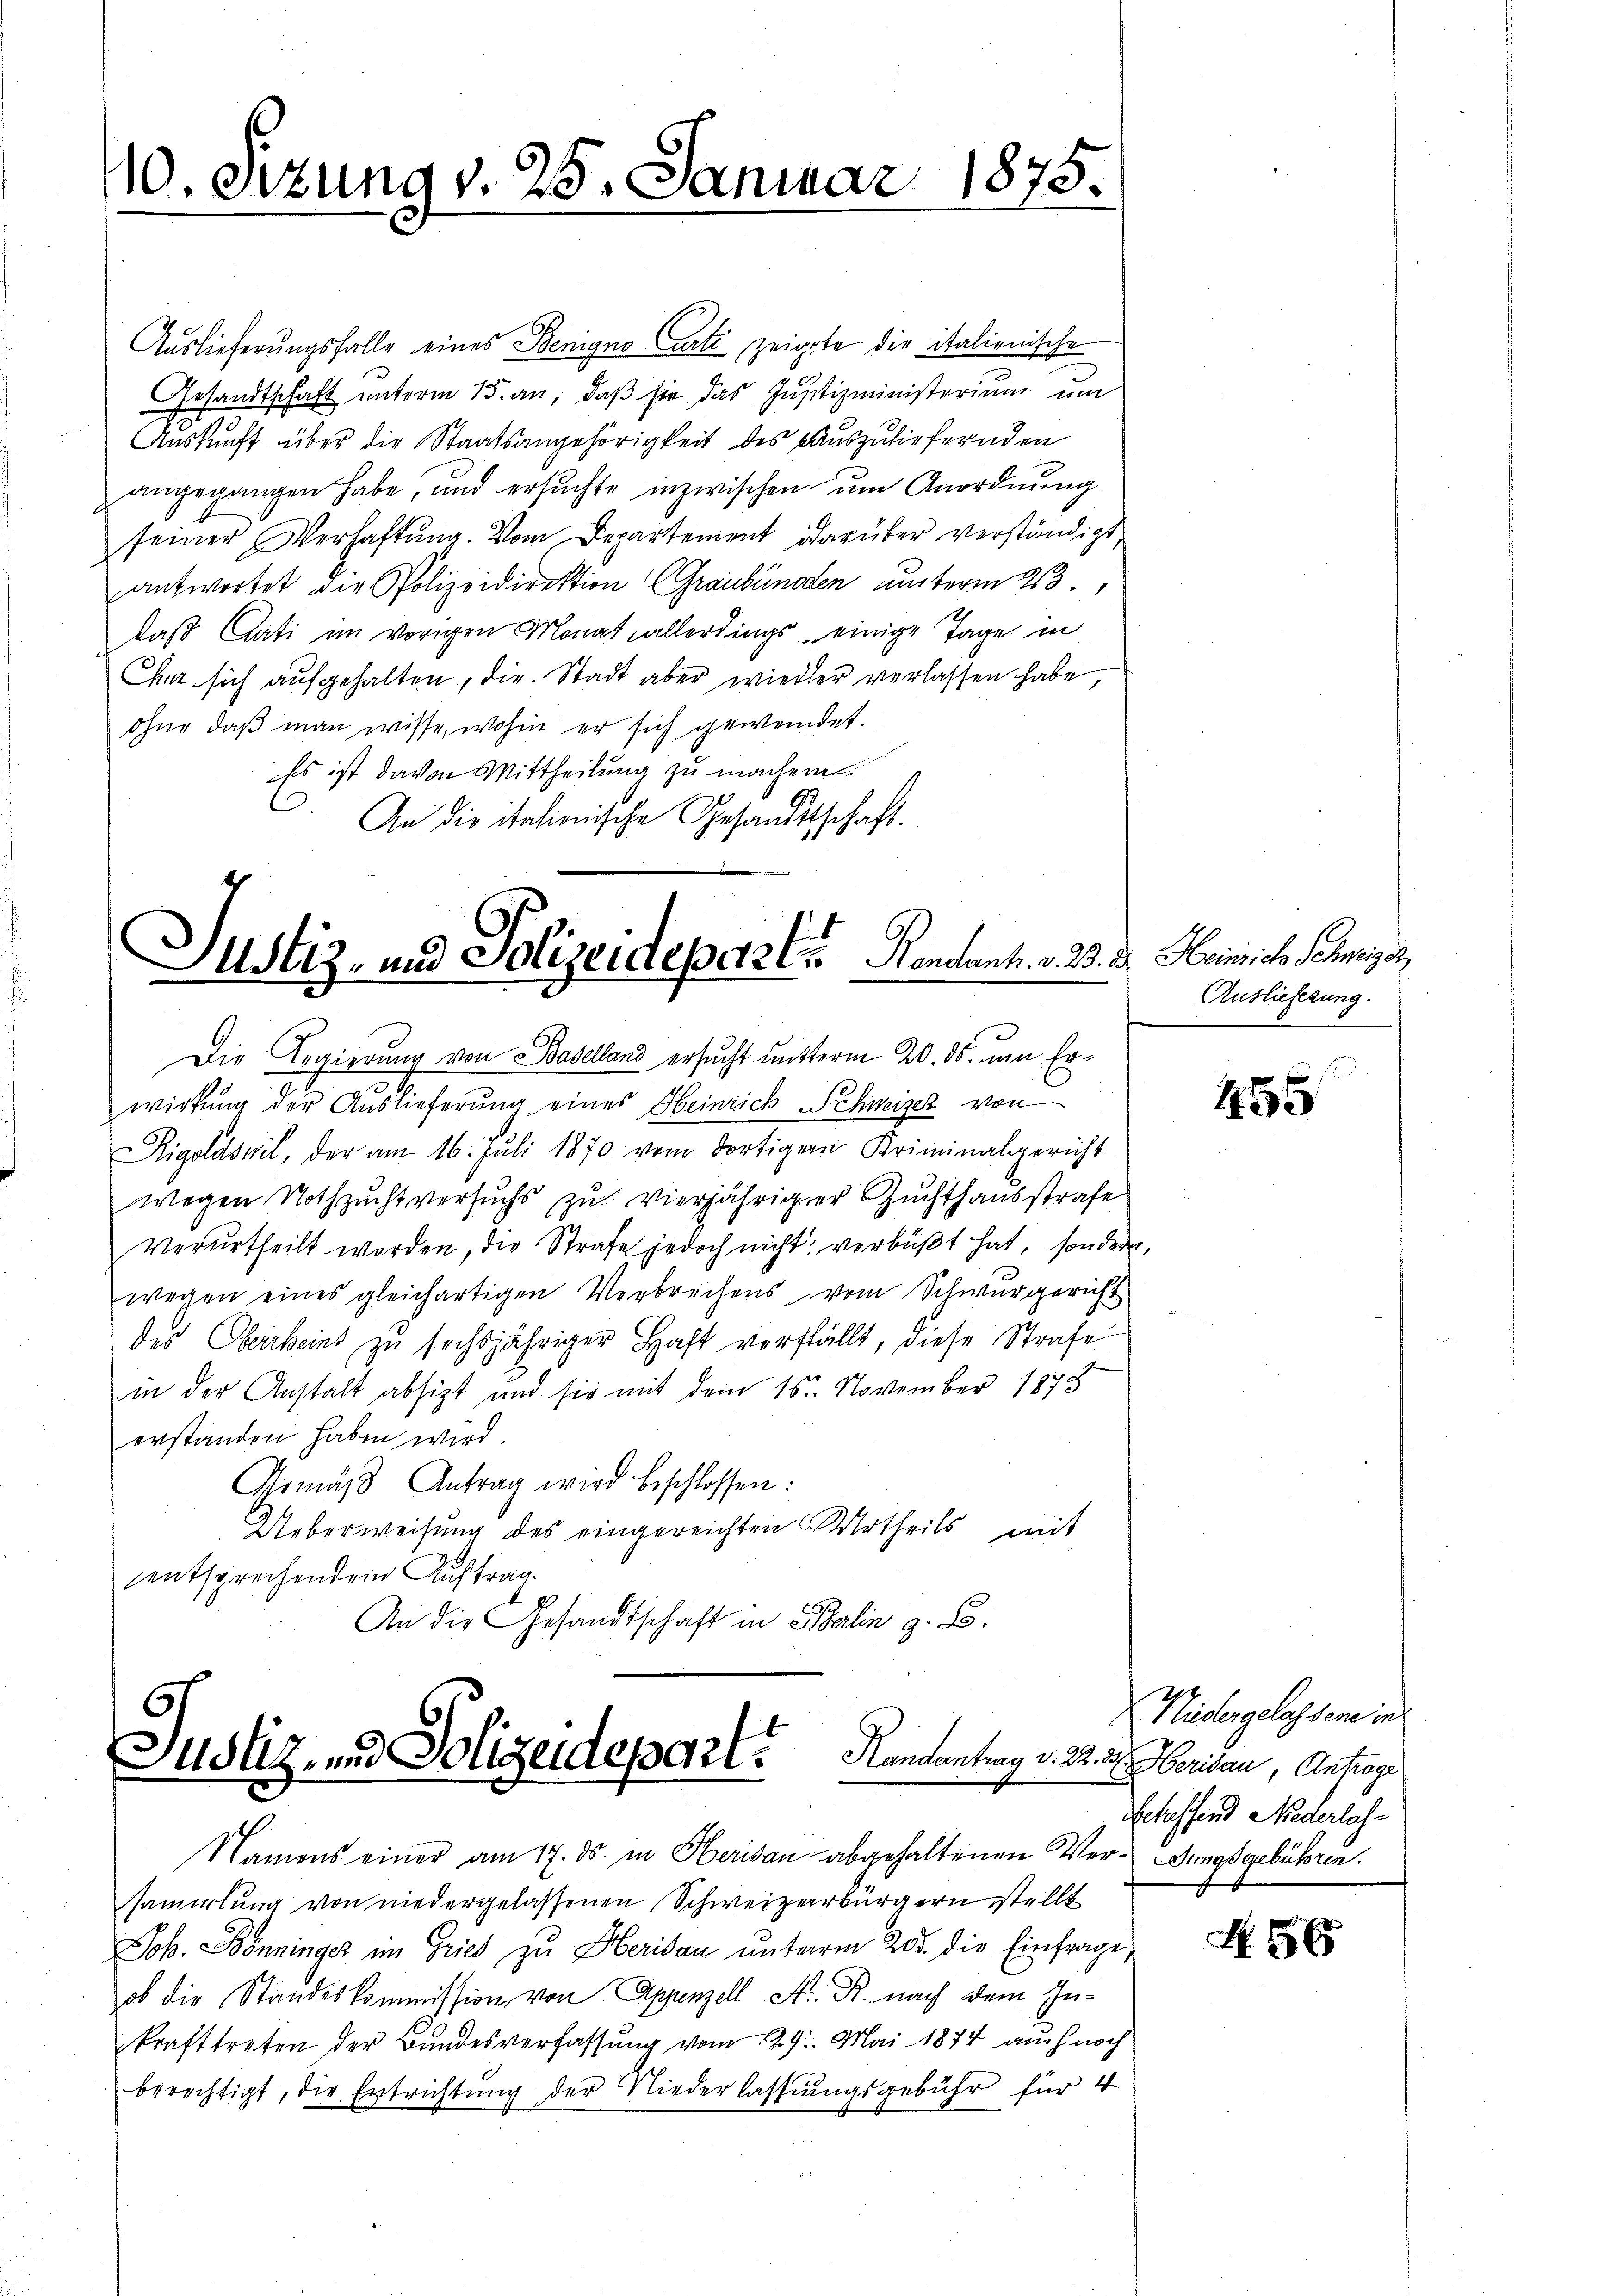
Auslieferungsfalle eines Benigno Curti zeigte die italienische
Gesandtschaft unterm 15. an, daß sie das Justizministerium um
Auskunft über die Staatsangehörigkeit des auszuliefernden
angegangen habe, und ersuchte inzwischen um Anordnung
seiner Verhaftung. Vom Departement darüber verständigt,
antwortet die Polizeidirektion (Graubünden unterm 23.
daß Cati im vorigen Monat allerdings einige Tage in
Chat sich aufgehalten, die Stadt aber wieder verlassen habe,
ohne daß man wisse, wohin er sich gewendet.
Es ist davon Mittheilung zu machen.
. An die italienische Gesandtschaft.

Justiz- und Polizeideparte Pendant. v. 23. d. Heinrich. Seinige
Die Regierung von Baselland ersucht nutterm 20. ds. um Er¬

10. Sizung v. 25. Januar 1875.

wirkung der Auslieferung eines Heinrich Schweizer von
Rigoldswil, der am 16. Juli 1870 vom dortigern Kriminalgericht
wegen Nothzuchtversuchs zu vierjähriger Zuchthausstrafe
verurtheilt worden, die Strafe jedoch nicht verbüßt hat, sondern,
wegen eines gleichartigen Verbrechens vom Schwurgericht
des Oberrheins zu sechsjähriger Haft verfällt, diese Strafe
in der Anstalt absizt und sie mit dem 16. November 1873
erstanden haben wird.
Gemäß Antrag wird beschlossen:
Ueberweisung des eingereichten Urtheils mit
entsprechendem Auftrag.
An die Gesandtschaft in Balin z. B.

Justiz- und Polizeidepart. Handantrag v. 22. d. Meridau, Antrage
Namens einer am 17. ds. in Herisau abgehaltenen Ver- Sungsgebühren.

sammlung von niedergelassenen Schweizerbürgern stellt
Joh. Dönninger im Gries zu Herisau unterm 205. die Einfrage,
ob die Standeskommission von Appenzell A. R. nach dem Inkrafttreten der Bundesverfassung vom 29. Mai 1874 auch noch
berechtigt, die Entrichtung der Niederlassungsgebühr für 4

Auslieferung.

455

Niedergelassene in
Scheffend Niederlas¬

N 56